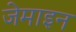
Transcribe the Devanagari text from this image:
जेमाइन